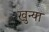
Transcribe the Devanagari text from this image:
खुन्या